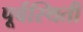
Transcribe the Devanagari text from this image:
पूर्वस्थिती